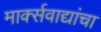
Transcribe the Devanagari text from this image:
मार्क्सवाद्यांचा